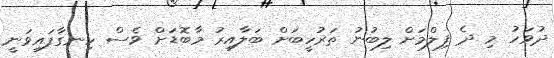
ދުވަހު މި ދެ ފިލްމަށް ލިބުނު ތަރުހީބަށް ބަލާއިރު މާބޮޑަށް ވެސް ހިނގާފައިވަނީ